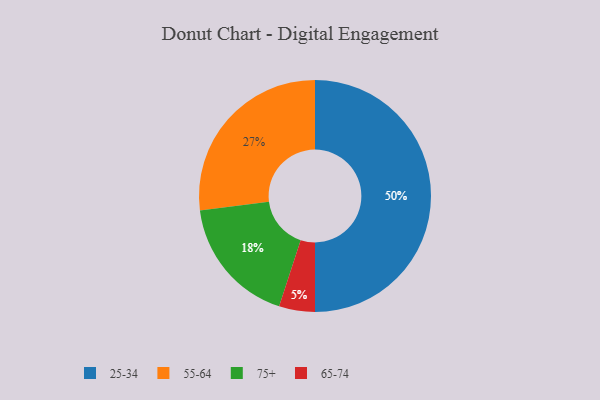
{"axis": {"x": "Category", "y": "Percentage"}, "legend": ["25-34", "55-64", "65-74", "75+"], "data": [{"x": "65-74", "y": 5, "type": "65-74"}, {"x": "75+", "y": 18, "type": "75+"}, {"x": "25-34", "y": 50, "type": "25-34"}, {"x": "55-64", "y": 27, "type": "55-64"}]}